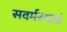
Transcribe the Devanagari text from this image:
सवर्मस्यान्नं